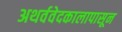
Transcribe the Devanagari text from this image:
अथर्ववेदकालापासून